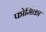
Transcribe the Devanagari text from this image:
फोर्मिका